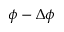
\phi - \Delta \phi